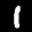
Label: 1